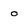
Character: o